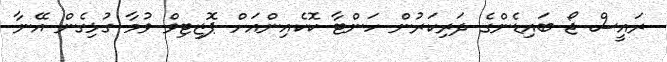
ރައީސް ޖޯ ބައިޑެންގެ ދަރިކަރުން ހަންޓާ ކޮކެއިންއަށް ޕޮޒިޓިވް ވުމާ ގުޅިގެން އޭނާ